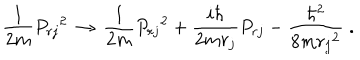
\frac { 1 } { 2 m } { P _ { r j } } ^ { 2 } \, \rightarrow \, \frac { 1 } { 2 m } { P _ { r j } } ^ { 2 } + \frac { i \hbar } { 2 m r _ { j } } P _ { r j } - \frac { \hbar ^ { 2 } } { 8 m { r _ { j } } ^ { 2 } } \; .